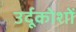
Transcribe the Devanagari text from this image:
उर्दूकोशों